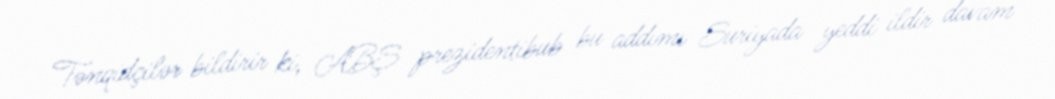
Tənqidçilər bildirir ki, ABŞ prezidentibub bu addımı Suriyada yeddi ildir davam